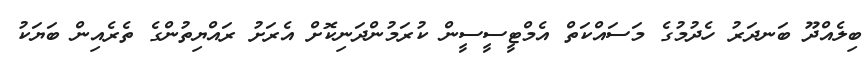
ބިލެއްދޫ ބަނދަރު ހެދުމުގެ މަސައްކަތް އެމްޓީސީސީން ކުރަމުންދަނިކޮށް އެރަށު ރައްޔިތުންގެ ތެރެއިން ބަޔަކު